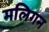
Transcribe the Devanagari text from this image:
मलिगन